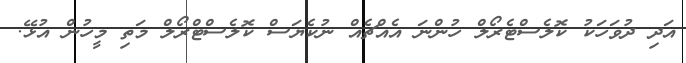
އަދި ދުވަހަކު ކޮލެސްޓެރޯލް ހުންނަ އެއްޗެއް ނުކެޔަސް ކޮލެސްޓްރޯލް މަތި މީހުން އުޅޭ.